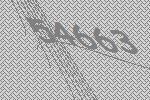
54663